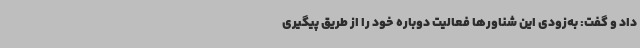
داد و گفت: به‌زودی این شناورها فعالیت دوباره خود را از طریق پیگیری